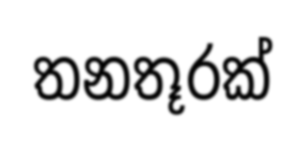
තනතූරක්